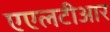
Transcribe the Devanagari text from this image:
एएलटीआर